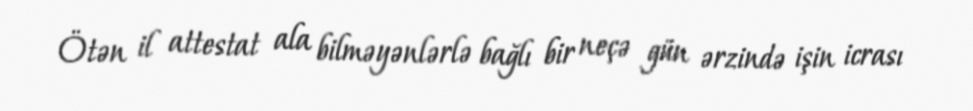
Ötən il attestat ala bilməyənlərlə bağlı bir neçə gün ərzində işin icrası